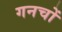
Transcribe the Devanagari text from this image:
गनचों